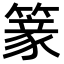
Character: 𥲰